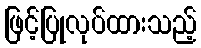
ဖြင့်ပြုလုပ်ထားသည့်